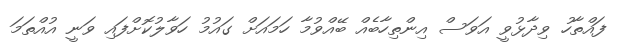
ފައްތާހު ވިދާޅުވީ އަވަސް އިންތިހާބެއް ބޭއްވުމާ ހަމައަށް ގައުމު ހަވާލުކޮށްފައި ވަނީ އުއްތަމަ